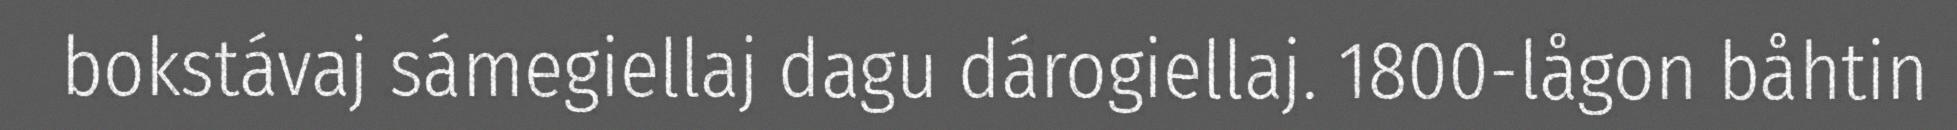
bokstávaj sámegiellaj dagu dárogiellaj. 1800-lågon båhtin